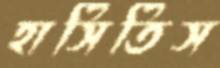
হাসিতিস